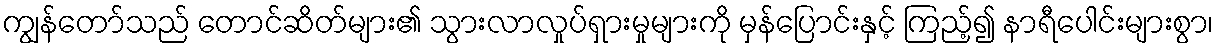
ကျွန်တော်သည် တောင်ဆိတ်များ၏ သွားလာလှုပ်ရှားမှုများကို မှန်ပြောင်းနှင့် ကြည့်၍ နာရီပေါင်းများစွာ၊